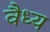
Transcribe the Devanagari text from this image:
वैध्य